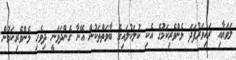
ލަވަޔާއި ރައިވަރުފަދަ ޅެންވެރިކަމުގެ އެކި ކުލަކުލައިގެ ބާވަތްތަކުން އޭނާ ގެންދަވަނީ ދިވެހި ޅެންވެރިކަމުން